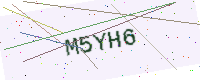
Text: M5YH6